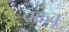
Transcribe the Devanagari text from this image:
चकवू